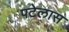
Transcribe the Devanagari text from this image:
पटेलास